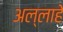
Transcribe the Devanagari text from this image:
अल्लाहे